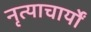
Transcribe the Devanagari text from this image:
नृत्याचार्यों